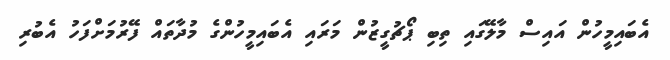
އެބައިމީހުން އައިސް މާލޭގައި ތިބި ޕޯޗުގީޒުން މަރައި އެބައިމީހުންގެ މުދާތައް ފޭރުމަށްފަހު އެބުރި